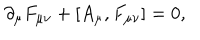
\partial _ { \mu } F _ { \mu \nu } + [ A _ { \mu } , F _ { \mu \nu } ] = 0 ,